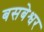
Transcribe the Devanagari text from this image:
बसबेश्वर